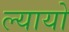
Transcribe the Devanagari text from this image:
ल्यायो